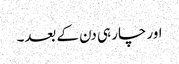
اور چار ہی دن کے بعد۔